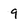
Character: 9